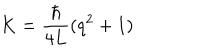
LaTeX: K = \frac { \hbar } { 4 L } ( q ^ { 2 } + 1 )